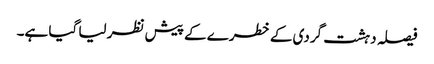
فیصلہ دہشت گردی کے خطرے کے پیش نظر لیا گیا ہے۔